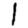
Digit: 1